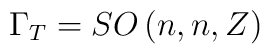
\Gamma_T = SO\left(n,n, Z\right)